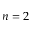
n = 2